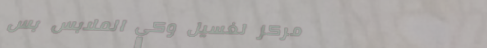
مركز لغسيل وكي الملابس بس